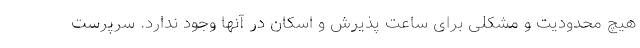
هیچ محدودیت و مشکلی برای ساعت پذیرش و اسکان در آنها وجود ندارد. سرپرست